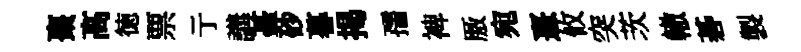
棗高徳票亍講䑓砂暮揭孺裨厫宛憙攸突茨轍碁製